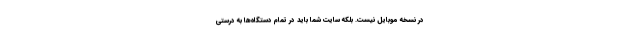
در نسخه موبایل نیست. بلکه سایت شما باید در تمام دستگاه‌ها به درستی